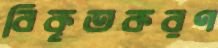
বিকৃতকরণ